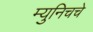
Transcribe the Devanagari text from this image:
म्युनिचचे